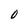
Character: 0